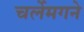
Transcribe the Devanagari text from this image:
चर्लेमगने